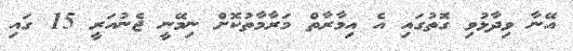
އޭނާ ވިދާޅުވި ގޮތުގައި އެ އިމާރާތް މަރާމާތުކޮށް ނިމޭނީ ޖެނުއަރީ 15 ގައި